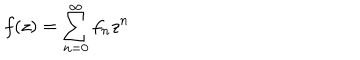
f ( z ) = \sum _ { n = 0 } ^ { \infty } { f _ { n } z ^ { n } }